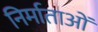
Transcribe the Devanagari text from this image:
निर्माताआें